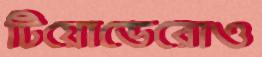
টিয়োডেরোও